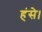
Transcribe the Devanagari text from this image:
हंसे।